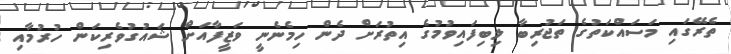
ތެރޭގައި މަސައްކަތުގެ ތަޖުރިބާ ލިބިފައިވުމުގެ އިތުރަށް ދެން ހިމެނެނީ ވަޒީފާއަށް ޝައުގުވެރިކަން ހުރުމާއި